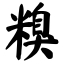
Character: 糗